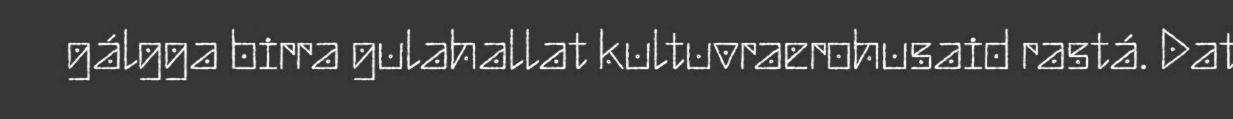
gálgga birra gulahallat kultuvraerohusaid rastá. Dat